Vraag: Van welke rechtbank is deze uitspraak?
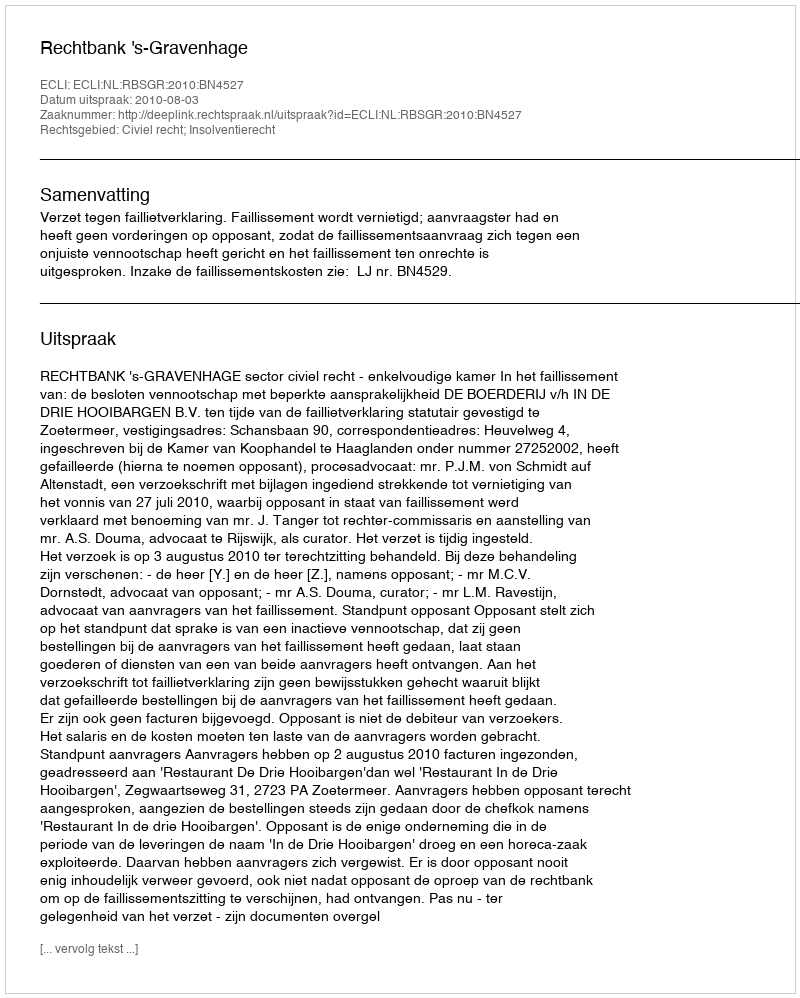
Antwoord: Rechtbank 's-Gravenhage